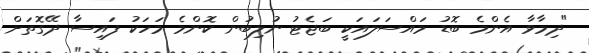
"ދިމާވާ އެންމެ ބޮޑު މައްސަލައަކީ ބަޖެޓު ނުލިބުން ކޮންމެ މަހަކު ފައިސާ ދޭގޮތަށް